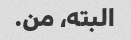
البته، من.